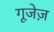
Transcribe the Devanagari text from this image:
गूजेज़